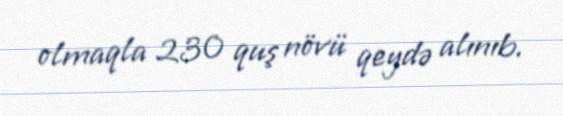
olmaqla 230 quş növü qeydə alınıb.